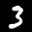
Label: 3